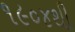
૧૯૦૪થી